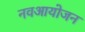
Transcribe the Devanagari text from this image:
नवआयोजन